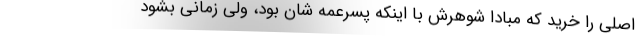
اصلی را خرید که مبادا شوهرش با اینکه پسرعمه شان بود، ولی زمانی بشود